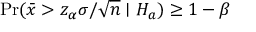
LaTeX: \operatorname* { P r } ( { \bar { x } } > z _ { \alpha } \sigma / { \sqrt { n } } \mid H _ { a } ) \geq 1 - \beta